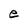
Character: e